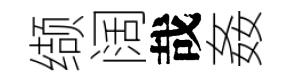
缬阔哉姦